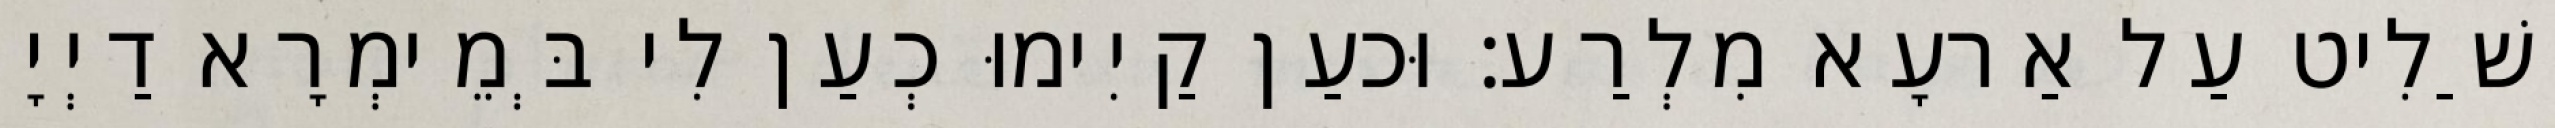
וְשַׁלִיט עַל אַרעָא מִלְרַע׃ וּכעַן קַיִימוּ כְעַן לִי בְּמֵימְרָא דַיְיָ